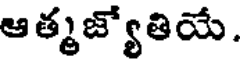
ఆత్మజ్యోతియే.